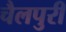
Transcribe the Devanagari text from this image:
चैलपुरी